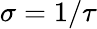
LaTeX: \sigma=1/\tau